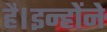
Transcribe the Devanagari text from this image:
है।इन्होंने